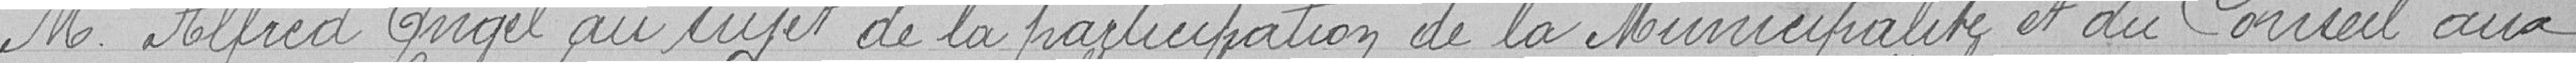
Monsieur Alfred Engel au sujet de la participation de la Municipalité et au Conseil aux